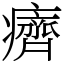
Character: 癠